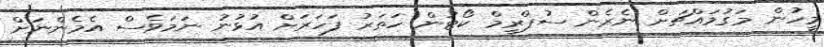
މީހުން މަގުމައްޗަށް ނެރެން ސުޕްރީމް ކޯޓުން ހަތަރު ފަހަރަށް އުޅުނު ނަމަވެސް އެމެންނަށް